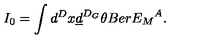
I _ { 0 } = \int d ^ { D } x \underline { { d } } ^ { D _ { G } } \theta B e r { E _ { M } } ^ { A } .